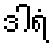
ဒါရံ